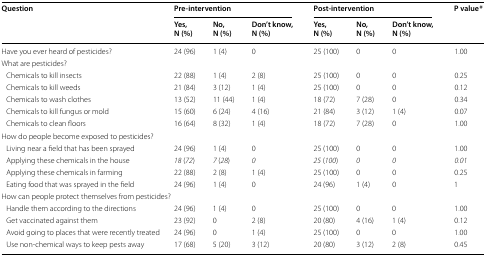
| <ROWSPAN=2> Question | <COLSPAN=3> Pre-intervention | <COLSPAN=3> Post-intervention | <ROWSPAN=2> P value* |
 | Yes, N (%) | No, N (%) | Don’t know, N (%) | Yes, N (%) | No, N (%) | Don’t know, N (%) |
 | --- | --- | --- | --- | --- | --- | --- | --- |
 | Have you ever heard of pesticides? | 24 (96) | 1 (4) | 0 | 25 (100) | 0 | 0 | 1.00 |
 | <COLSPAN=8> What are pesticides? |
 | Chemicals to kill insects | 22 (88) | 1 (4) | 2 (8) | 25 (100) | 0 | 0 | 0.25 |
 | Chemicals to kill weeds | 21 (84) | 3 (12) | 1 (4) | 25 (100) | 0 | 0 | 0.12 |
 | Chemicals to wash clothes | 13 (52) | 11 (44) | 1 (4) | 18 (72) | 7 (28) | 0 | 0.34 |
 | Chemicals to kill fungus or mold | 15 (60) | 6 (24) | 4 (16) | 21 (84) | 3 (12) | 1 (4) | 0.07 |
 | Chemicals to clean floors | 16 (64) | 8 (32) | 1 (4) | 18 (72) | 7 (28) | 0 | 1.00 |
 | <COLSPAN=8> How do people become exposed to pesticides? |
 | Living near a field that has been sprayed | 24 (96) | 1 (4) | 0 | 25 (100) | 0 | 0 | 1.00 |
 | Applying these chemicals in the house | 18 (72) | 7 (28) | 0 | 25 (100) | 0 | 0 | 0.01 |
 | Applying these chemicals in farming | 22 (88) | 2 (8) | 1 (4) | 25 (100) | 0 | 0 | 0.25 |
 | Eating food that was sprayed in the field | 24 (96) | 1 (4) | 0 | 24 (96) | 1 (4) | 0 | 1 |
 | <COLSPAN=8> How can people protect themselves from pesticides? |
 | Handle them according to the directions | 24 (96) | 1 (4) | 0 | 25 (100) | 0 | 0 | 1.00 |
 | Get vaccinated against them | 23 (92) | 0 | 2 (8) | 20 (80) | 4 (16) | 1 (4) | 0.12 |
 | Avoid going to places that were recently treated | 24 (96) | 0 | 1 (4) | 25 (100) | 0 | 0 | 1.00 |
 | Use non-chemical ways to keep pests away | 17 (68) | 5 (20) | 3 (12) | 20 (80) | 3 (12) | 2 (8) | 0.45 |